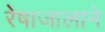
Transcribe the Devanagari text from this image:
रेषाजालाने